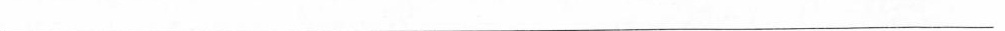
___